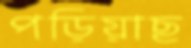
পড়িয়াছ